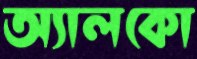
অ্যালকো